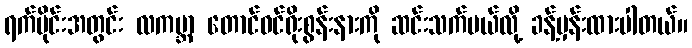
ရက်ပိုင်းအတွင်း လကမ္ဘာ တောင်ဝင်ရိုးစွန်းနားကို ဆင်းသက်မယ်လို့ ခန့်မှန်းထားပါတယ်။